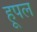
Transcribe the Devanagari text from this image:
हूपल